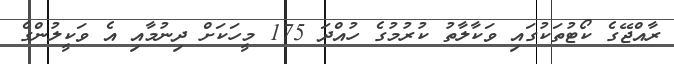
ރާއްޖޭގެ ކޯޓުތަކުގައި ވަކާލާތު ކުރުމުގެ ހުއްދަ 175 މީހަކަށް ދިނުމާއި އެ ވަކީލުންގެ